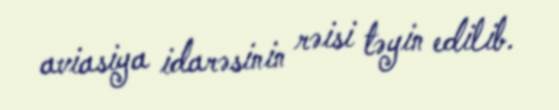
aviasiya idarəsinin rəisi təyin edilib.